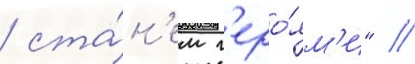
/ ста́н'ем г'еро́ям'и" //